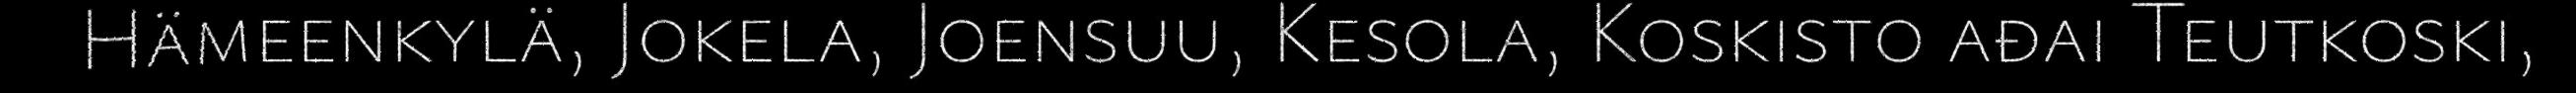
Hämeenkylä, Jokela, Joensuu, Kesola, Koskisto ađai Teutkoski,